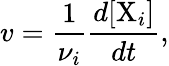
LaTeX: v={\frac{1}{\nu_{i}}}{\frac{d[\mathrm{X}_{i}]}{dt}},